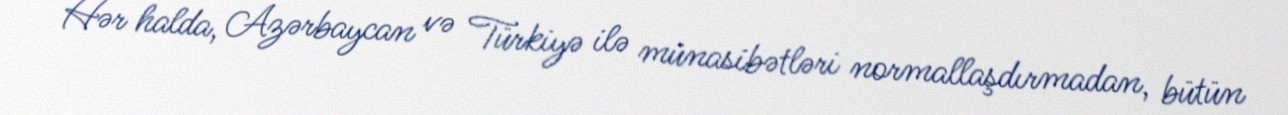
Hər halda, Azərbaycan və Türkiyə ilə münasibətləri normallaşdırmadan, bütün